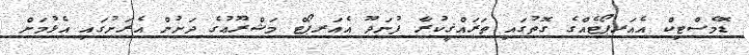
ޑޮމެސްޓިކް އެއަރޕޯޓެއްގެ ގޮތުގައި ތަރައްޤީކުރާ ފުނަދޫ އެއަރޕޯޓް މަޝްރޫޢުގެ ދަށުން އެރަށުގައި އެޅުމަށް